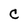
Character: C